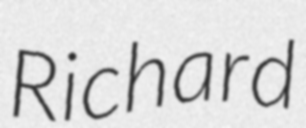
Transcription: Richard